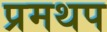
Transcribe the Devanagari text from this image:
प्रमथप